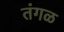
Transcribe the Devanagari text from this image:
तंगळ